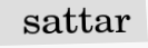
sattar